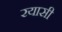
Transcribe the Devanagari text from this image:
रयासी